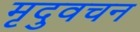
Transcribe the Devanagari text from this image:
मृदुवचन